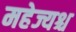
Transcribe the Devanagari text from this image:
महेज्यश्च